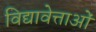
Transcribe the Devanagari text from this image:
विद्यावेत्ताओं